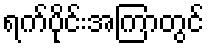
ရက်ပိုင်းအကြာတွင်